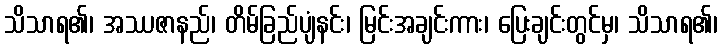
သိသာရ၏၊ အဿဇာနည်၊ တိမ်ခြည်ပျံနင်း၊ မြင်းအချင်းကား၊ ပြေးချင်းတွင်မှ၊ သိသာရ၏၊